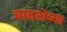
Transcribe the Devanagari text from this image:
चारशेव्या